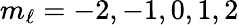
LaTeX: m_{\ell}=-2,-1,0,1,2